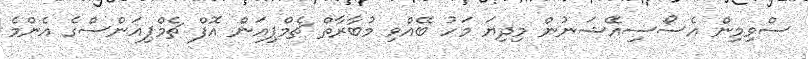
ސްވިމިން އެސޯސިއޭޝަނުން މިދިޔަ މަހު ބޭއްވި މުބާރާތް ޗެމްޕިއަން އޮފް ޗެމްޕިއަންސްގެ އެންމެ